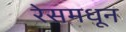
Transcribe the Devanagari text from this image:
रेसमधून